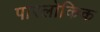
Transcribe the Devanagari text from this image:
पारलोकिक